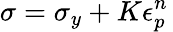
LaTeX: \sigma=\sigma_{y}+K\epsilon_{p}^{n}\,